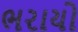
ભરાયો